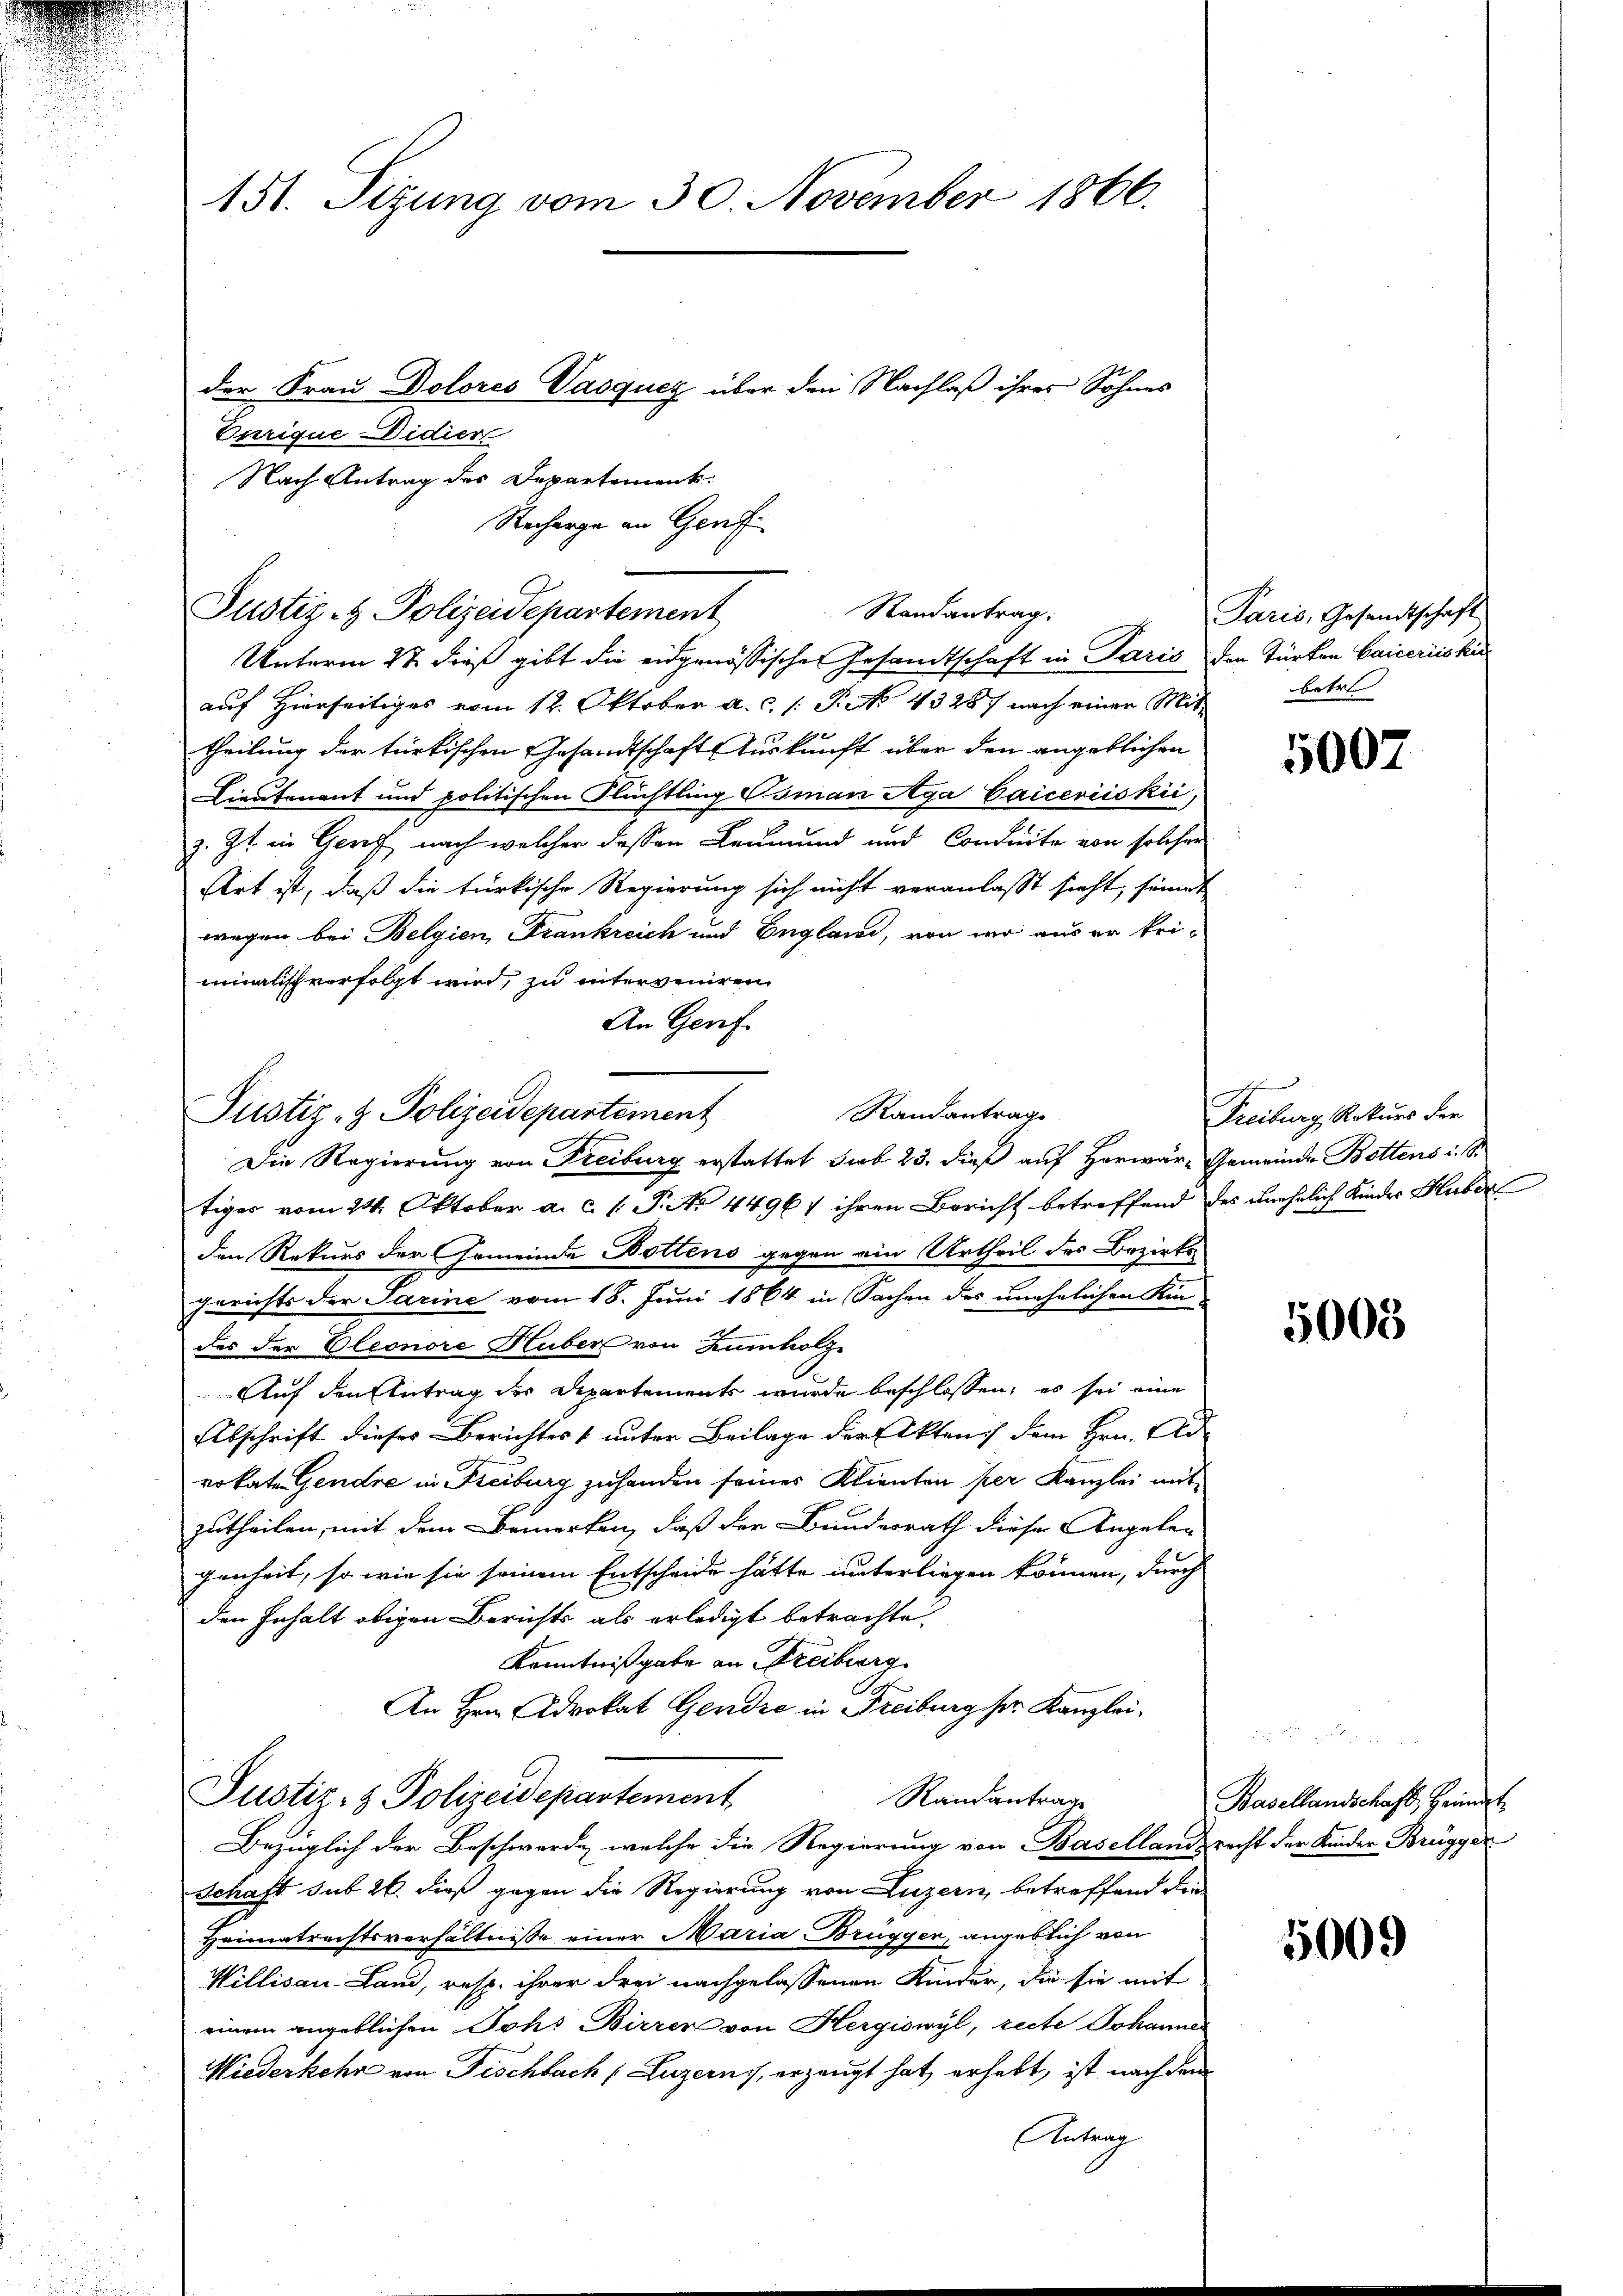
der Frau Dolores Vasqucz über den Nachlaß ihrer Sohnes
Enrique Didier
Nach Antrag des Departement:
Stecharge an Genf

auf Hierseitiges vom 12. Oktober a.c. s. S. 4328 nach einer Mittheilung der türkischen Gesandtschaft Auskunft über den angeblichen
Lieutenant und politischen Flüchtling Osman Aga Caiceriiskii,
z. Zt. in Gerich nach welcher dessen Leumund und Conduite von solcher
Art ist, daß die türkische Regierung sich nicht veranlasst sieht, seines
wegen bei Belgien, Frankreich und England, von wo aus er keiminalisch verfolgt wird, zu interveniren
Die Regierung von Freiburg erstattet sub 23. dieß auf Horwar-Gemeinde Bottens i. S.
tiger vom 24. Oktober a. c. l. P. No 4496) ihren Bericht betreffend des unehelich Kinder Huber
den Rekurs der Gemeinde Bottens gegen ein Urtheil des Bezirksgerichts der Sarine vom 18. Juni 1864 in Sachen des unehelichen Kin-
des der Eleonore Huber von Humholze
Auf den Antrag der Departements wurde beschlossen; es sei eine
Abschrift dieses Berichtes & unter Beilage der Akten dem Hrn. Ad
rokate Gendre in Freiburg zuhanden seiner Klienten per Kanzlei mit
zutheilen, mit dem Bemerken, daß der Bunderrath dieser Angelen
genheit, so wie sie seinem Entscheide hätte unterliegen können, durch
den Inhalt obigen Berichts als erledigt betrachte.
Kenntnißgabe an Freiberg
An Hrn. Advokat Gendre in Freiburg sr. Kanzlei¬
Justiz- & Polizeidepartement
Randantrage
Bezüglich der Beschwerde, welche die Regierung von Basellandsrecht der Kinder Brügger
Schaft sub 26. dieß gegen die Regierung von Luzern, betreffend die
Heimatrechtsverhältnisse einer Maria Brügger, angeblich von
Willisau Land, resp. ihrer drei nachgelassenen Kinder, die sie mit
einem angeblichen Johs Birren von Hergiswyl, recte Johannes
Wiederkehr von Fischbach (Luzern), erzeugt hat erhebt, ist nach dem
Antrag

151. Sizung vom 30. November 1866.

Randantrag.
Justiz- & Polizeidepartement
Unterm 27. dieß gibt die eidgenössischen Gesandtschaft in Paris den Türken Caiceriis kin

An Genf
Justiz- & Polizeidepartement

Randantrag

Paris, Gesandtschaft
betre

Freiburg, Rekurs der

5007

5000

255 f 24
Basellandschaft, Heimat

5000